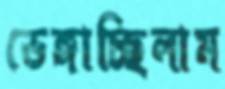
ভেঙ্গাচ্ছিলাম